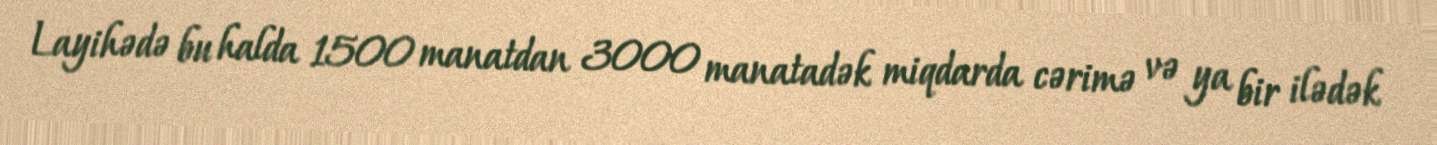
Layihədə bu halda 1500 manatdan 3000 manatadək miqdarda cərimə və ya bir ilədək